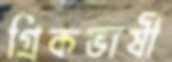
গ্রিকভাষী